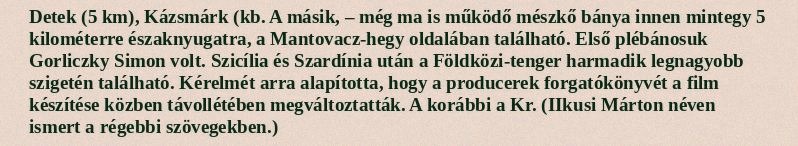
Detek (5 km), Kázsmárk (kb. A másik, – még ma is működő mészkő bánya innen mintegy 5 kilométerre északnyugatra, a Mantovacz-hegy oldalában található. Első plébánosuk Gorliczky Simon volt. Szicília és Szardínia után a Földközi-tenger harmadik legnagyobb szigetén található. Kérelmét arra alapította, hogy a producerek forgatókönyvét a film készítése közben távollétében megváltoztatták. A korábbi a Kr. (IIkusi Márton néven ismert a régebbi szövegekben.)